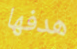
هدفها